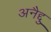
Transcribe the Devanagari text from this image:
अनैद्दु